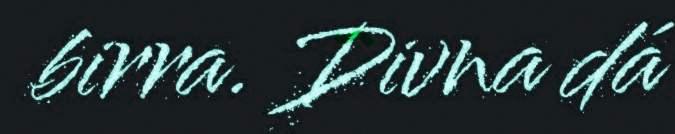
birra. Divna dá